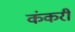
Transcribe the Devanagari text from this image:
कंकरी